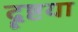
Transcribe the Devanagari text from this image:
दॄष्टया